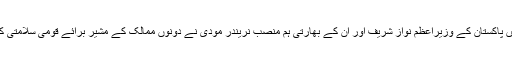
گزشتہ ماہ روس کے شہر ’اوفا‘ میں پاکستان کے وزیراعظم نواز شریف اور اُن کے بھارتی ہم منصب نریندر مودی نے دونوں ممالک کے مشیر برائے قومی سلامتی کے درمیان ملاقات پر اتفاق کیا تھا۔